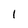
Character: l